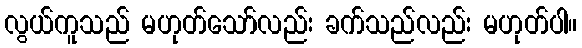
လွယ်ကူသည် မဟုတ်သော်လည်း ခက်သည်လည်း မဟုတ်ပါ။